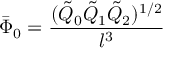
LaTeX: \bar { \Phi } _ { 0 } = \frac { ( \tilde { Q } _ { 0 } \tilde { Q } _ { 1 } \tilde { Q } _ { 2 } ) ^ { 1 / 2 } } { l ^ { 3 } }